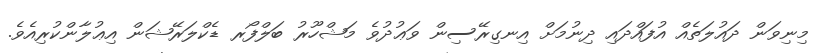
މިނިވަން ދައުލަތެއް އުފައްދައި ދިނުމަށް އިނގިރޭސިން ވަޢުދުވެ މަޝްހޫރު ބަލްފޯރ ޑެކްލަރޭޝަން އިޢުލާންކުރިއެވެ.